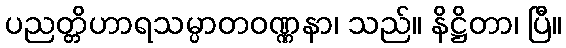
ပညတ္တိဟာရသမ္ပာတဝဏ္ဏနာ၊ သည်။ နိဋ္ဌိတာ၊ ပြီ။